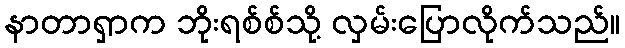
နာတာရှာက ဘိုးရစ်စ်သို့ လှမ်းပြောလိုက်သည်။